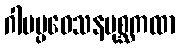
ဂါမပ္ပဝေသနပုစ္ဆကထာ